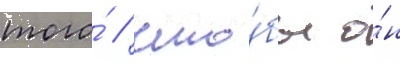
того́ / что́бы о́н